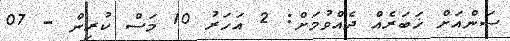
ސަންއަށް ޚަބަރެއް ދެއްވުމަށް: 2 އަހަރު 10 މަސް ކުރިން - 07